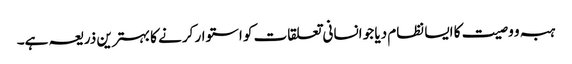
ہبہ و وصیت کا ایسا نظام دیا جو انسانی تعلقات کو استوار کرنے کا بہترین ذریعہ ہے۔